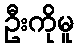
ဦးကိုမူ